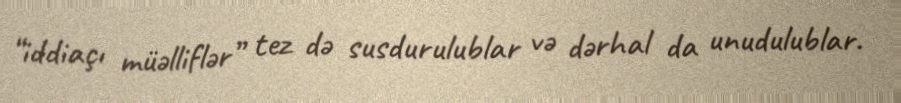
“iddiaçı müəlliflər” tez də susdurulublar və dərhal da unudulublar.